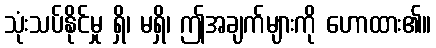
သုံးသပ်နိုင်မှု ရှိ၊ မရှိ၊ ဤအချက်များကို ဟောထား၏။